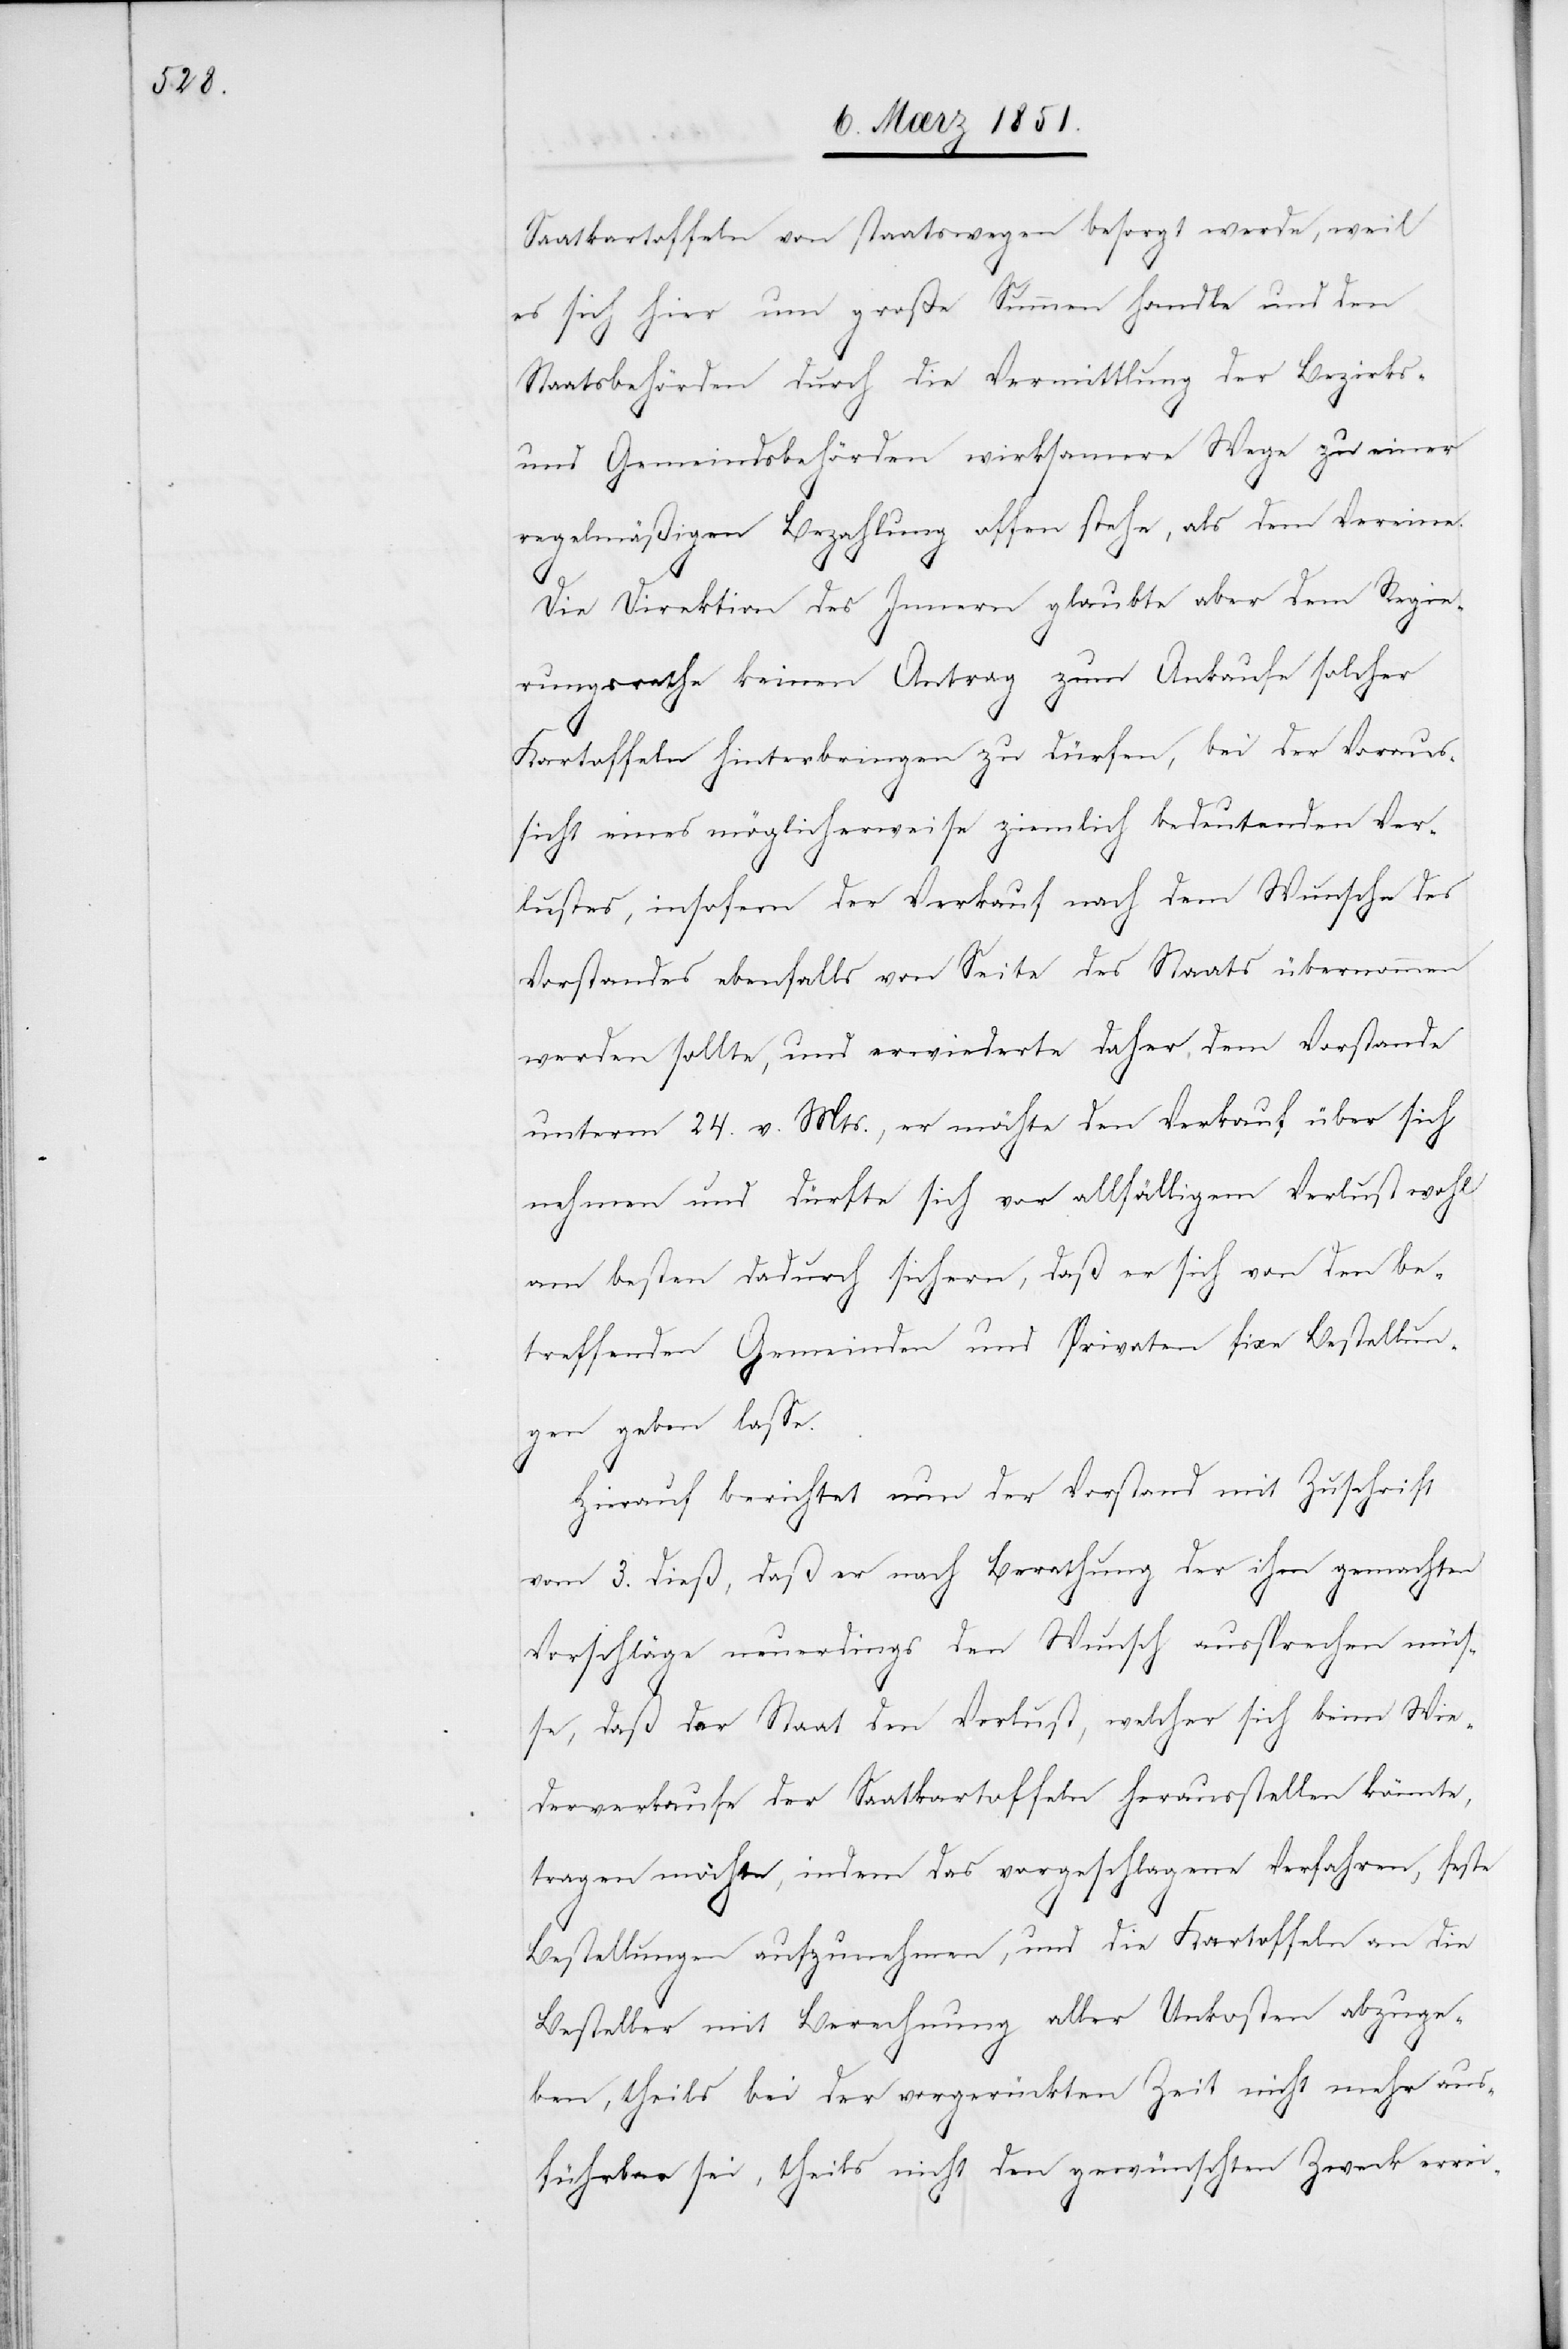
Saatkartoffeln von staatswegen besorgt werde, weil
es sich hier um große Summen handle und den
Staatsbehörden durch die Vermittlung der Bezirks-
und Gemeindsbehörden wirksamere Wege zu einer
regelmäßigen Bezahlung offen stehe[n], als dem Vereine.
Die Direktion des Innern glaubte aber dem Regie¬
rungsrathe keinen Antrag zum Ankaufe solcher
Kartoffeln hinterbringen zu dürfen, bei der Voraus¬
sicht eines möglicherweise ziemlich bedeutenden Ver¬
lustes, insofern der Verkauf nach dem Wunsche des
Vorstandes ebenfalls von Seite des Staats übernommen
werden sollte, und erwiederte daher dem Vorstande
unterm 24. v. Mts., er möchte den Verkauf über sich
nehmen und dürfte sich vor allfälligem Verlust wohl
am besten dadurch sichern, daß er sich von den be¬
treffenden Gemeinden und Privaten fixe Bestellun¬
gen geben lasse.
Hierauf berichtet nun der Vorstand mit Zuschrift
vom 3. dieß, daß er nach Berathung der ihm gemachten
Vorschläge neuerdings den Wunsch aussprechen müs¬
se, daß der Staat den Verlust, welcher sich beim Wie¬
derverkaufe der Saatkartoffeln herausstellen könnte,
tragen möchte, indem das vorgeschlagene Verfahren, feste
Bestellungen aufzunehmen, und die Kartoffeln an die
Besteller mit Berechnung aller Unkosten abzuge¬
ben, theils bei der vorgerückten Zeit nicht mehr aus¬
führbar sei, theils nicht den gewünschten Zweck errei-